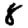
Digit: 8